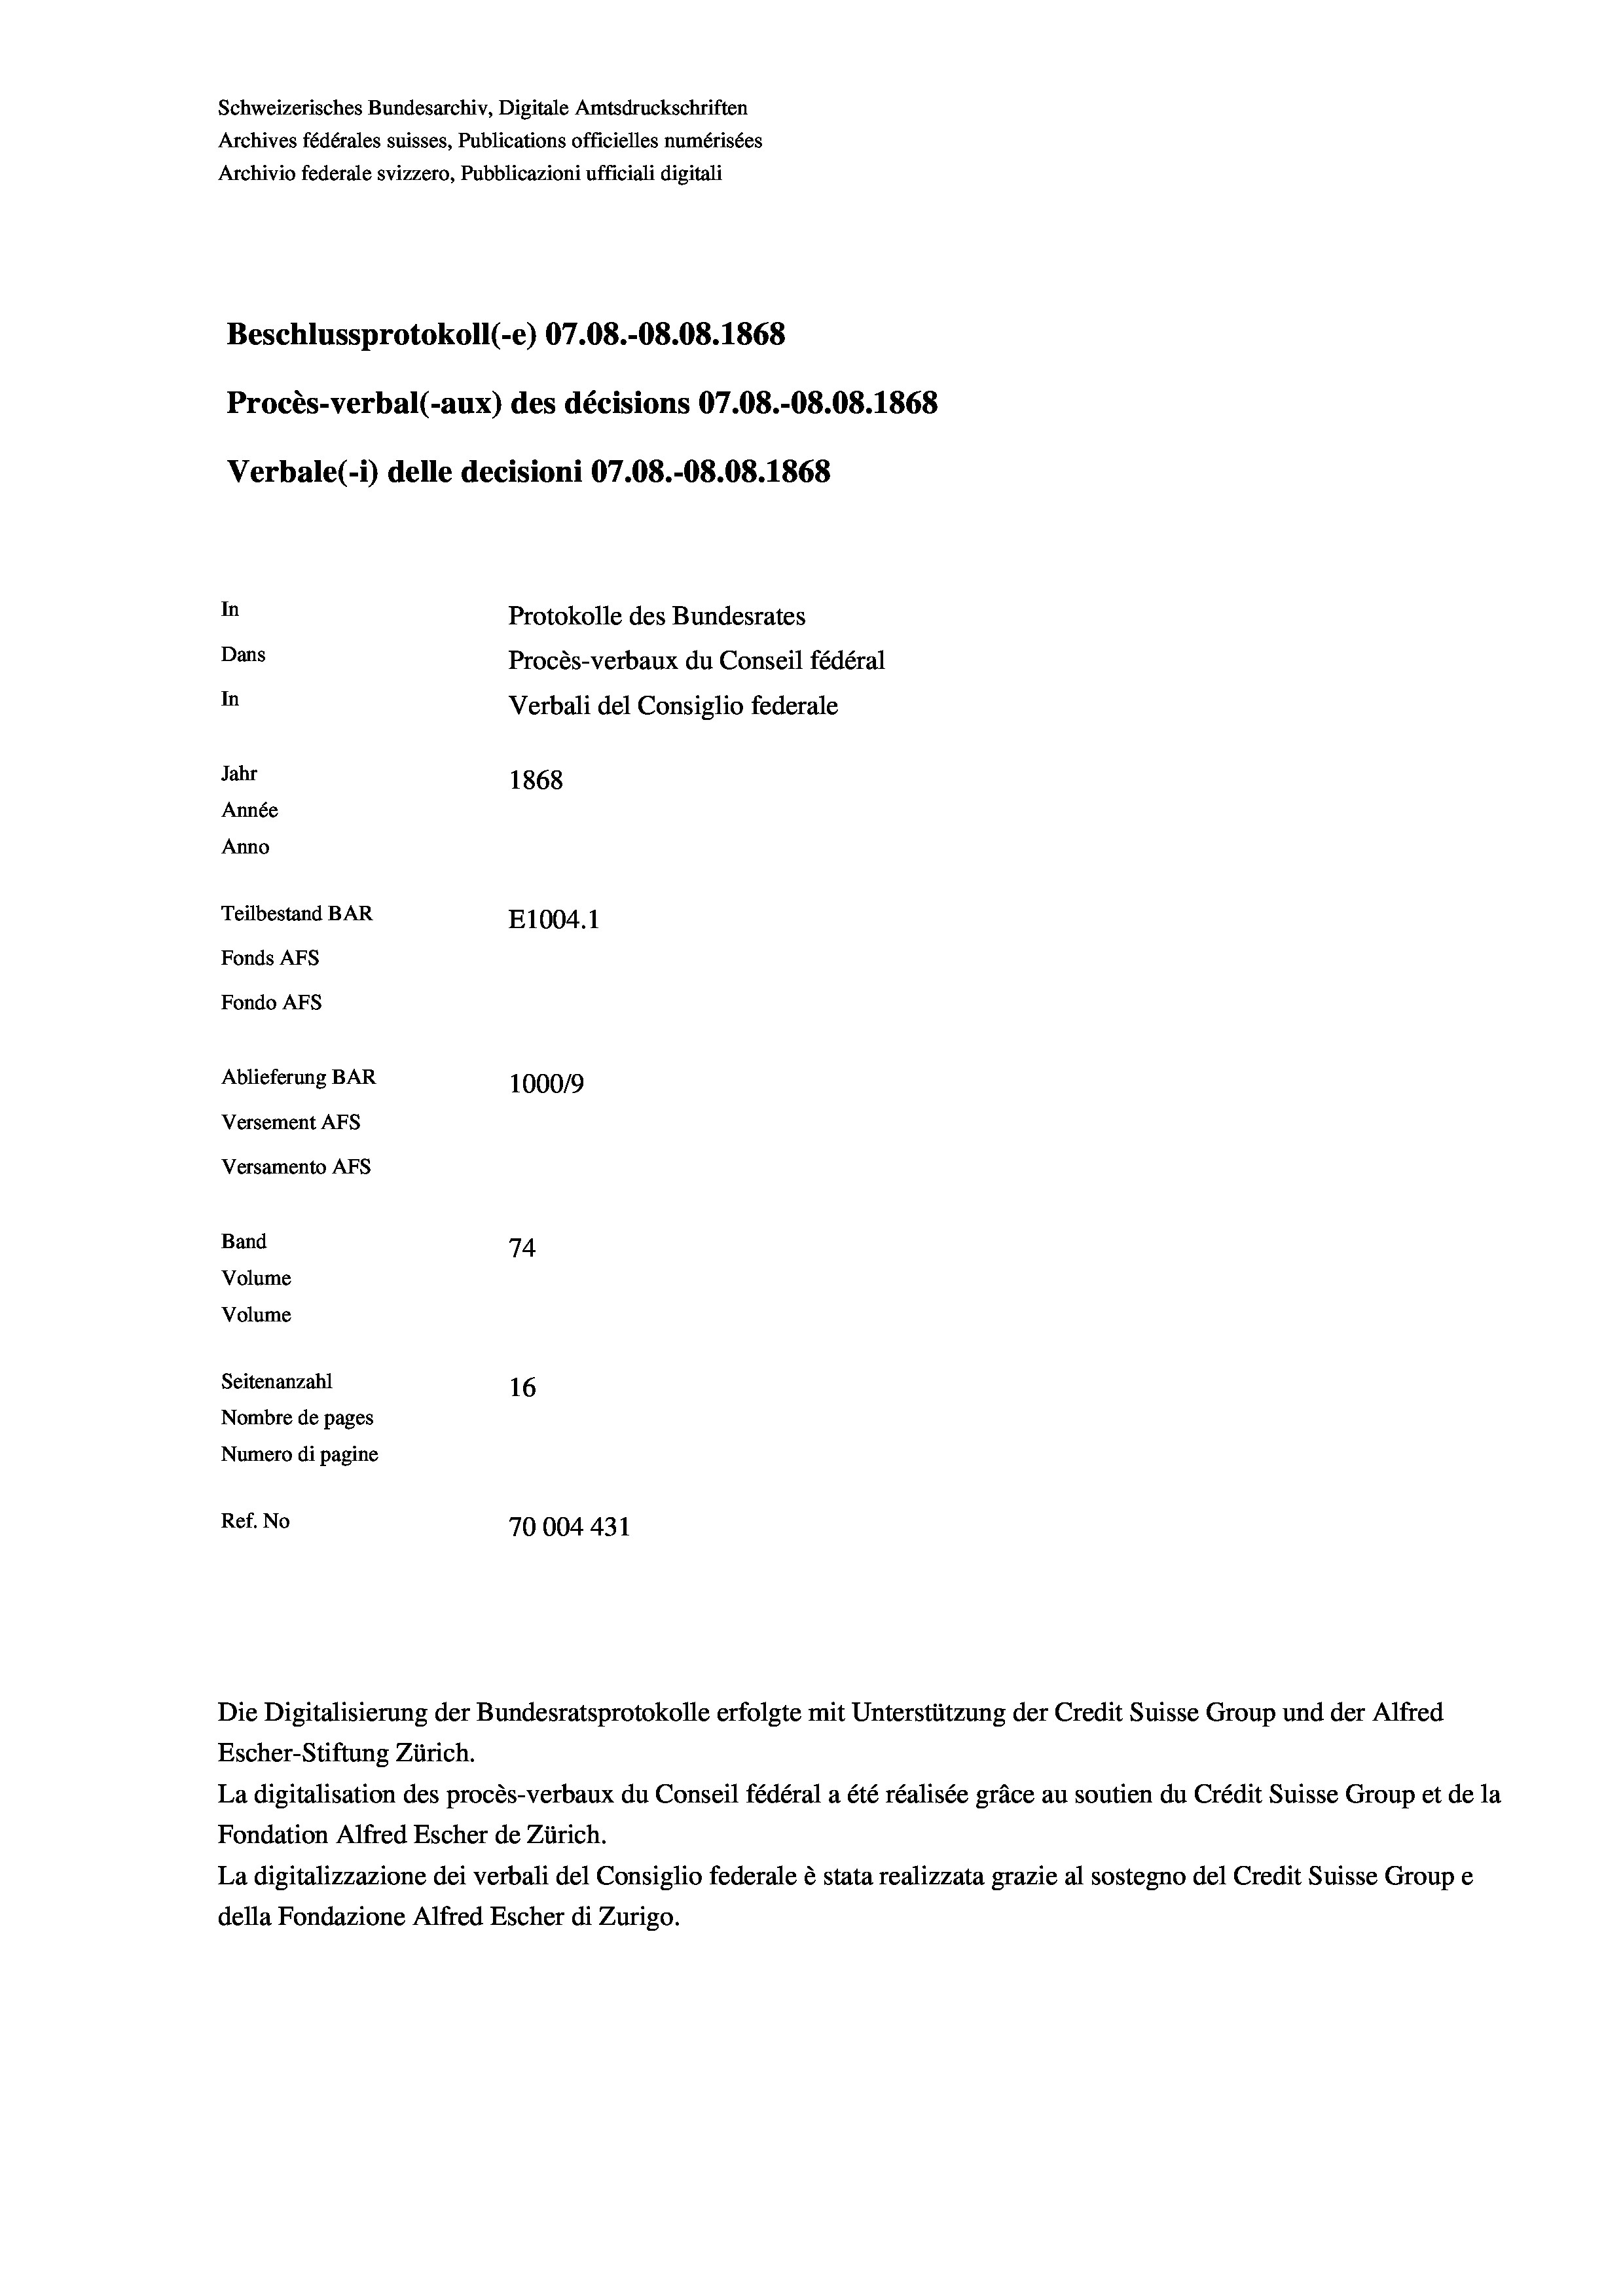
Schweizerisches Bundesarchiv, Digitale Amtsdruckschriften
Archives fédérales suisses, Publications officielles numérisées
Archivio federale svizzero, Pubblicazioni ufficiali digitali
Beschlussprotokoll (-e) 07.08.-08.08. 1868
Procès-verbal (-aux) des décisions 07.08.-08.08. 1868
Verbale(-*) delle decisioni 07.08.-O8.08. 1868
In
Protokolle des Bundesrates
Dans
Procès-verbaux du Conseil fédéral
In
Verbali del Consiglio federale
Jahr
1868
Année
Anno
Teilbestand BAR
E1004.1
Fonds AFs
Fondo Afs
Ablieferung BAR
100019
Versement AFs
Versamento AFs
Band
74

Seitenanzahl
16
Nombre de pages
Numero di pagine
Ref. No
70004431

Volume
Volume

Die Digitalisierung der Bundesratsprotokolle erfolgte mit Unterstützung der Credit Suisse Group und der Alfred
Escher-Stiftung Zürich.
La digitalisation des procès-verbaux du Conseil fédéral a été réalisée gräce au soutien du Crédit Suisse Group et de la
Fondation Alfred Escher de Zürich.
La digitalizzazione dei verbali del Consiglio federale è stata realizzata grazie al sostegno del Credit Suisse Groupe
della Fondazione Alfred Escher di Zurigo.